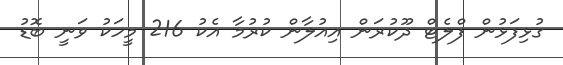
ގުޅިފަޅުން ފްލެޓް ދޫކުރަން އިއުލާން ކުރުމާ އެކު 216 މީހަކު ވަނީ ބޮޑު